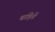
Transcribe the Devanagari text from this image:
बाहिनें